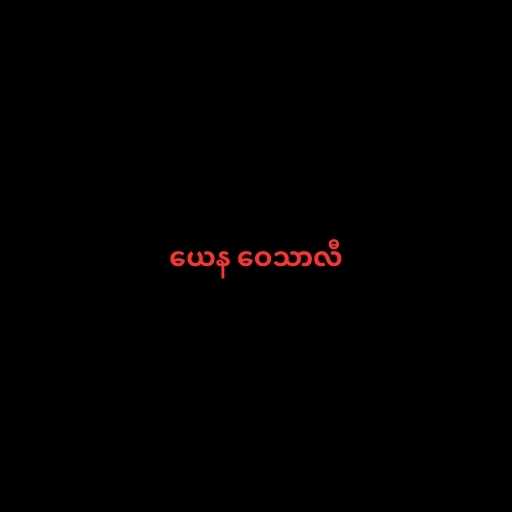
ယေန ဝေသာလီ